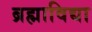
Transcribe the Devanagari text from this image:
ब्रह्माविद्या